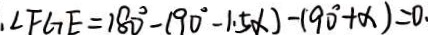
. \angle F G E = 1 8 0 ^ { \circ } - 1 9 0 ^ { \circ } - 1 . 5 x ) - ( 9 0 ^ { \circ } + x ) = 0 .